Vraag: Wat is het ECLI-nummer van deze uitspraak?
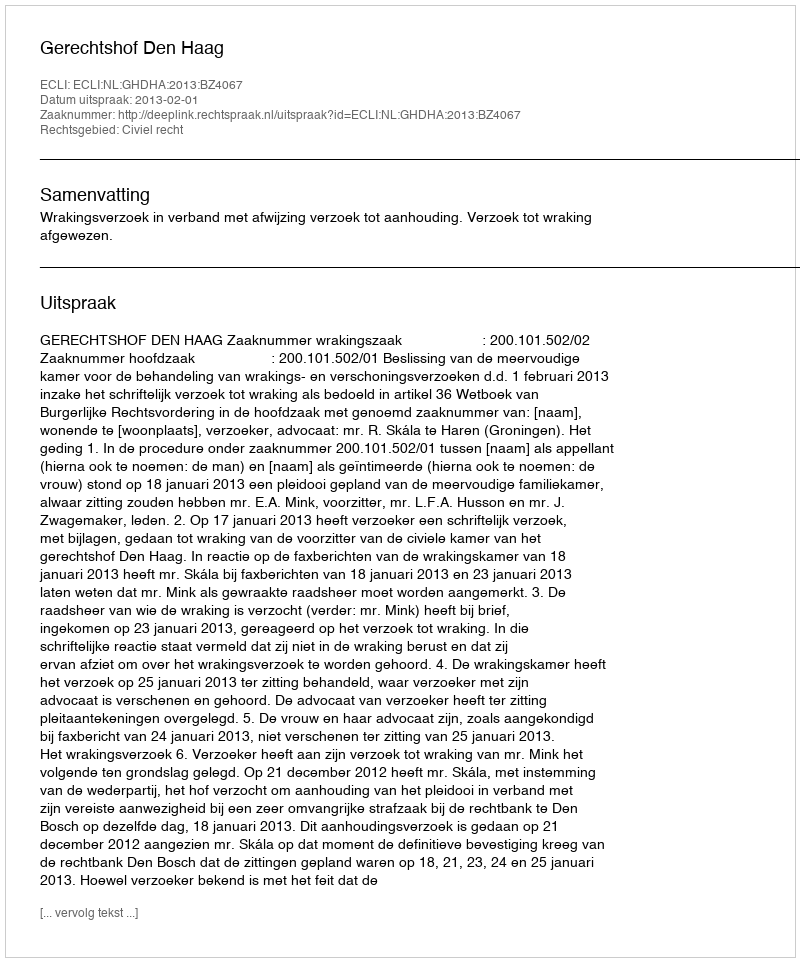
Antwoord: ECLI:NL:GHDHA:2013:BZ4067